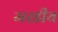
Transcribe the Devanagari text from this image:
मरडीय